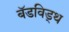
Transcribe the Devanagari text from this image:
बॅडविड्थ